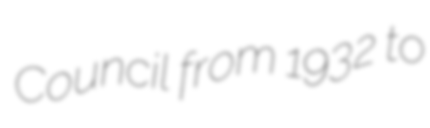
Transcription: Council from 1932 to